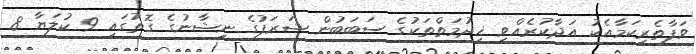
ވަފާތެރިކަމާއެކު އަދާކުރެއްވި ޚިދުމަތްތަކުގެ ސަބަބުން ޝަރަފުގެ ނިޝާނުގެ ގޮތުގައި 9 ކުލަޔާ 8